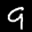
Label: 9